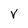
Character: V